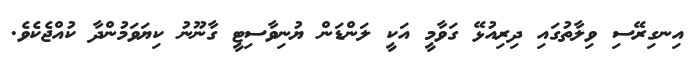
އިނގިރޭސި ވިލާތުގައި ދިރިއުޅޭ ގަވާމީ އަކީ ލަންޑަން ޔުނިވާސިޓީ ގާނޫނު ކިޔަވަމުންދާ ކުއްޖެކެވެ.